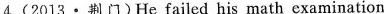
4. (2013 · 荆门 )He failed his math examination